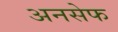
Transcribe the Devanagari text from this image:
अनसेफ